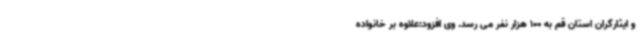
و ایثارگران استان قم به 100 هزار نفر می رسد. وی افزود:علاوه بر خانواده